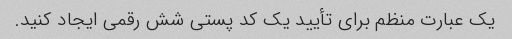
یک عبارت منظم برای تأیید یک کد پستی شش رقمی ایجاد کنید.